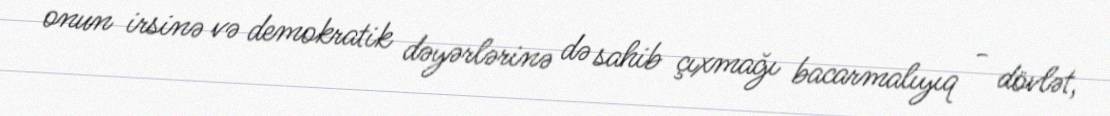
onun irsinə və demokratik dəyərlərinə də sahib çıxmağı bacarmalıyıq - dövlət,